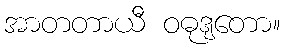
အာတတာယီ ဝဓုဒျတော။